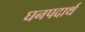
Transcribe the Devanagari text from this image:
घनपदार्थ